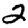
Digit: 2